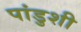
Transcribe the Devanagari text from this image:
पांडुशी